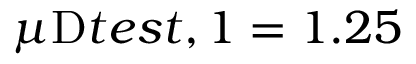
\mu _ { Ḋ } \mathrm { Ḋ } t e s t , 1 Ḍ Ḍ = 1 . 2 5